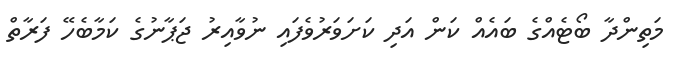
މަތިންދާ ބޯޓެއްގެ ބައެއް ކަން އަދި ކަށަވަރުވެފައި ނުވާއިރު ޖަޕާނުގެ ކަމާބެހޭ ފަރާތް